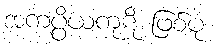
အကပ္ပိယကုဋိ ဖြစ်ပုံ